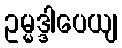
ဥမ္မဒ္ဒါပေယျ